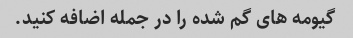
گیومه های گم شده را در جمله اضافه کنید.